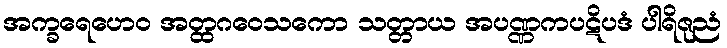
အက္ခရေဟေဝ အတ္ထဂဝေသကော သတ္တာယ အပဏ္ဏကပဋိပဒံ ပါရိဇုညံ